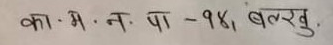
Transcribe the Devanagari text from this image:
का.मे.न.पा -१४, बलखु.